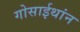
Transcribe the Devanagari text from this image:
गोसाईथांन